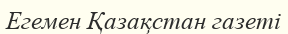
Егемен Қазақстан газеті